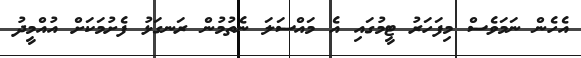
އެހެން ނަމަވެސް މިފަހަރު ޓީމުގައި އެ މައްސަލަ ނެތުމުން ރަނގަޅު ފެށުމަކަށް އުއްމީދު